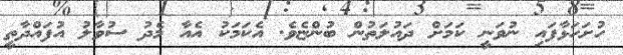
ހުށަހަޅާފައި ނުވަނީ ކަމަށް ދައުލަތުން ބުންޏެވެ. އެކަމަކު އެއާ މެދު ސުވާލު އުފައްދާތީ